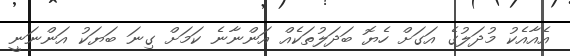
އެއާއެކު މުދަލުގެ އަގަށް ހެޔޮ ބަދަލުތަކެއް އަންނާނެ ކަމަށް ގިނަ ބަޔަކު އަންނަނީ